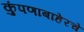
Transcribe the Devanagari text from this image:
कुंपणाबाहेरचे